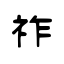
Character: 祚